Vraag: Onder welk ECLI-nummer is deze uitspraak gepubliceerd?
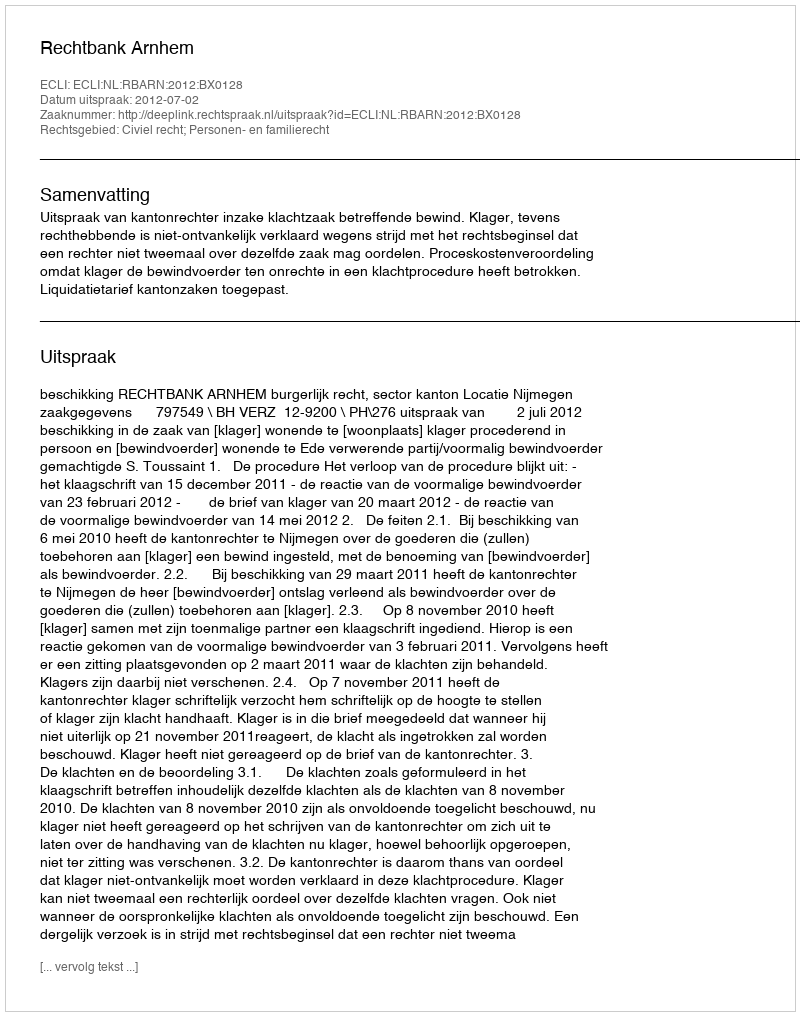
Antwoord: ECLI:NL:RBARN:2012:BX0128